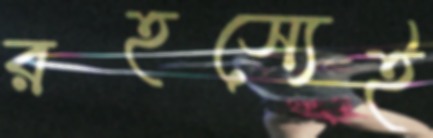
রহস্যেই